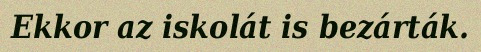
Ekkor az iskolát is bezárták.